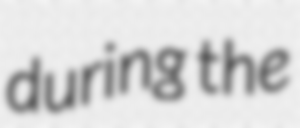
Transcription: during the